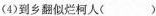
(7)高处不胜寒( )(8)何事长向别时圆( )